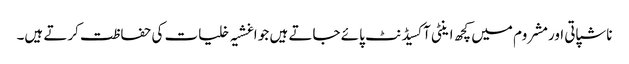
ناشپاتی اورمشروم میں کچھ اینٹی آکسیڈنٹ پائے جاتے ہیں جو اغشیہ خلیات کی حفاظت کرتے ہیں۔